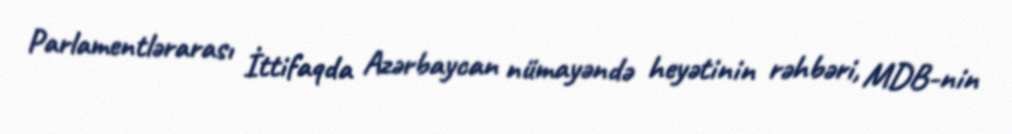
Parlamentlərarası İttifaqda Azərbaycan nümayəndə heyətinin rəhbəri, MDB-nin